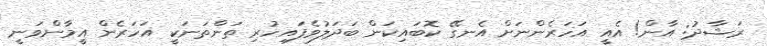
ރަޝާދު: އާން! އެއީ އަހަރެންނަށް އެނގޭ ކޮބައިކަން ބަދަލުވެފައިހުރި ތަންތަނަކީ އަހަރެން އީމާންވަނީ